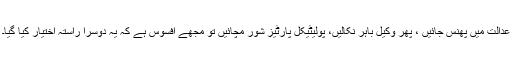
عدالت میں پھنس جائیں ، پھر وکیل باہر نکالیں، پولیٹیکل پارٹیز شور مچائیں تو مجھے افسوس ہے کہ یہ دوسرا راستہ اختیار کیا گیا۔